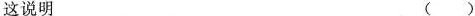
这说明 ( )